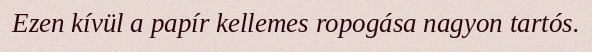
Ezen kívül a papír kellemes ropogása nagyon tartós.